Parnu-Viljandi_kinnistusamet, lk 110
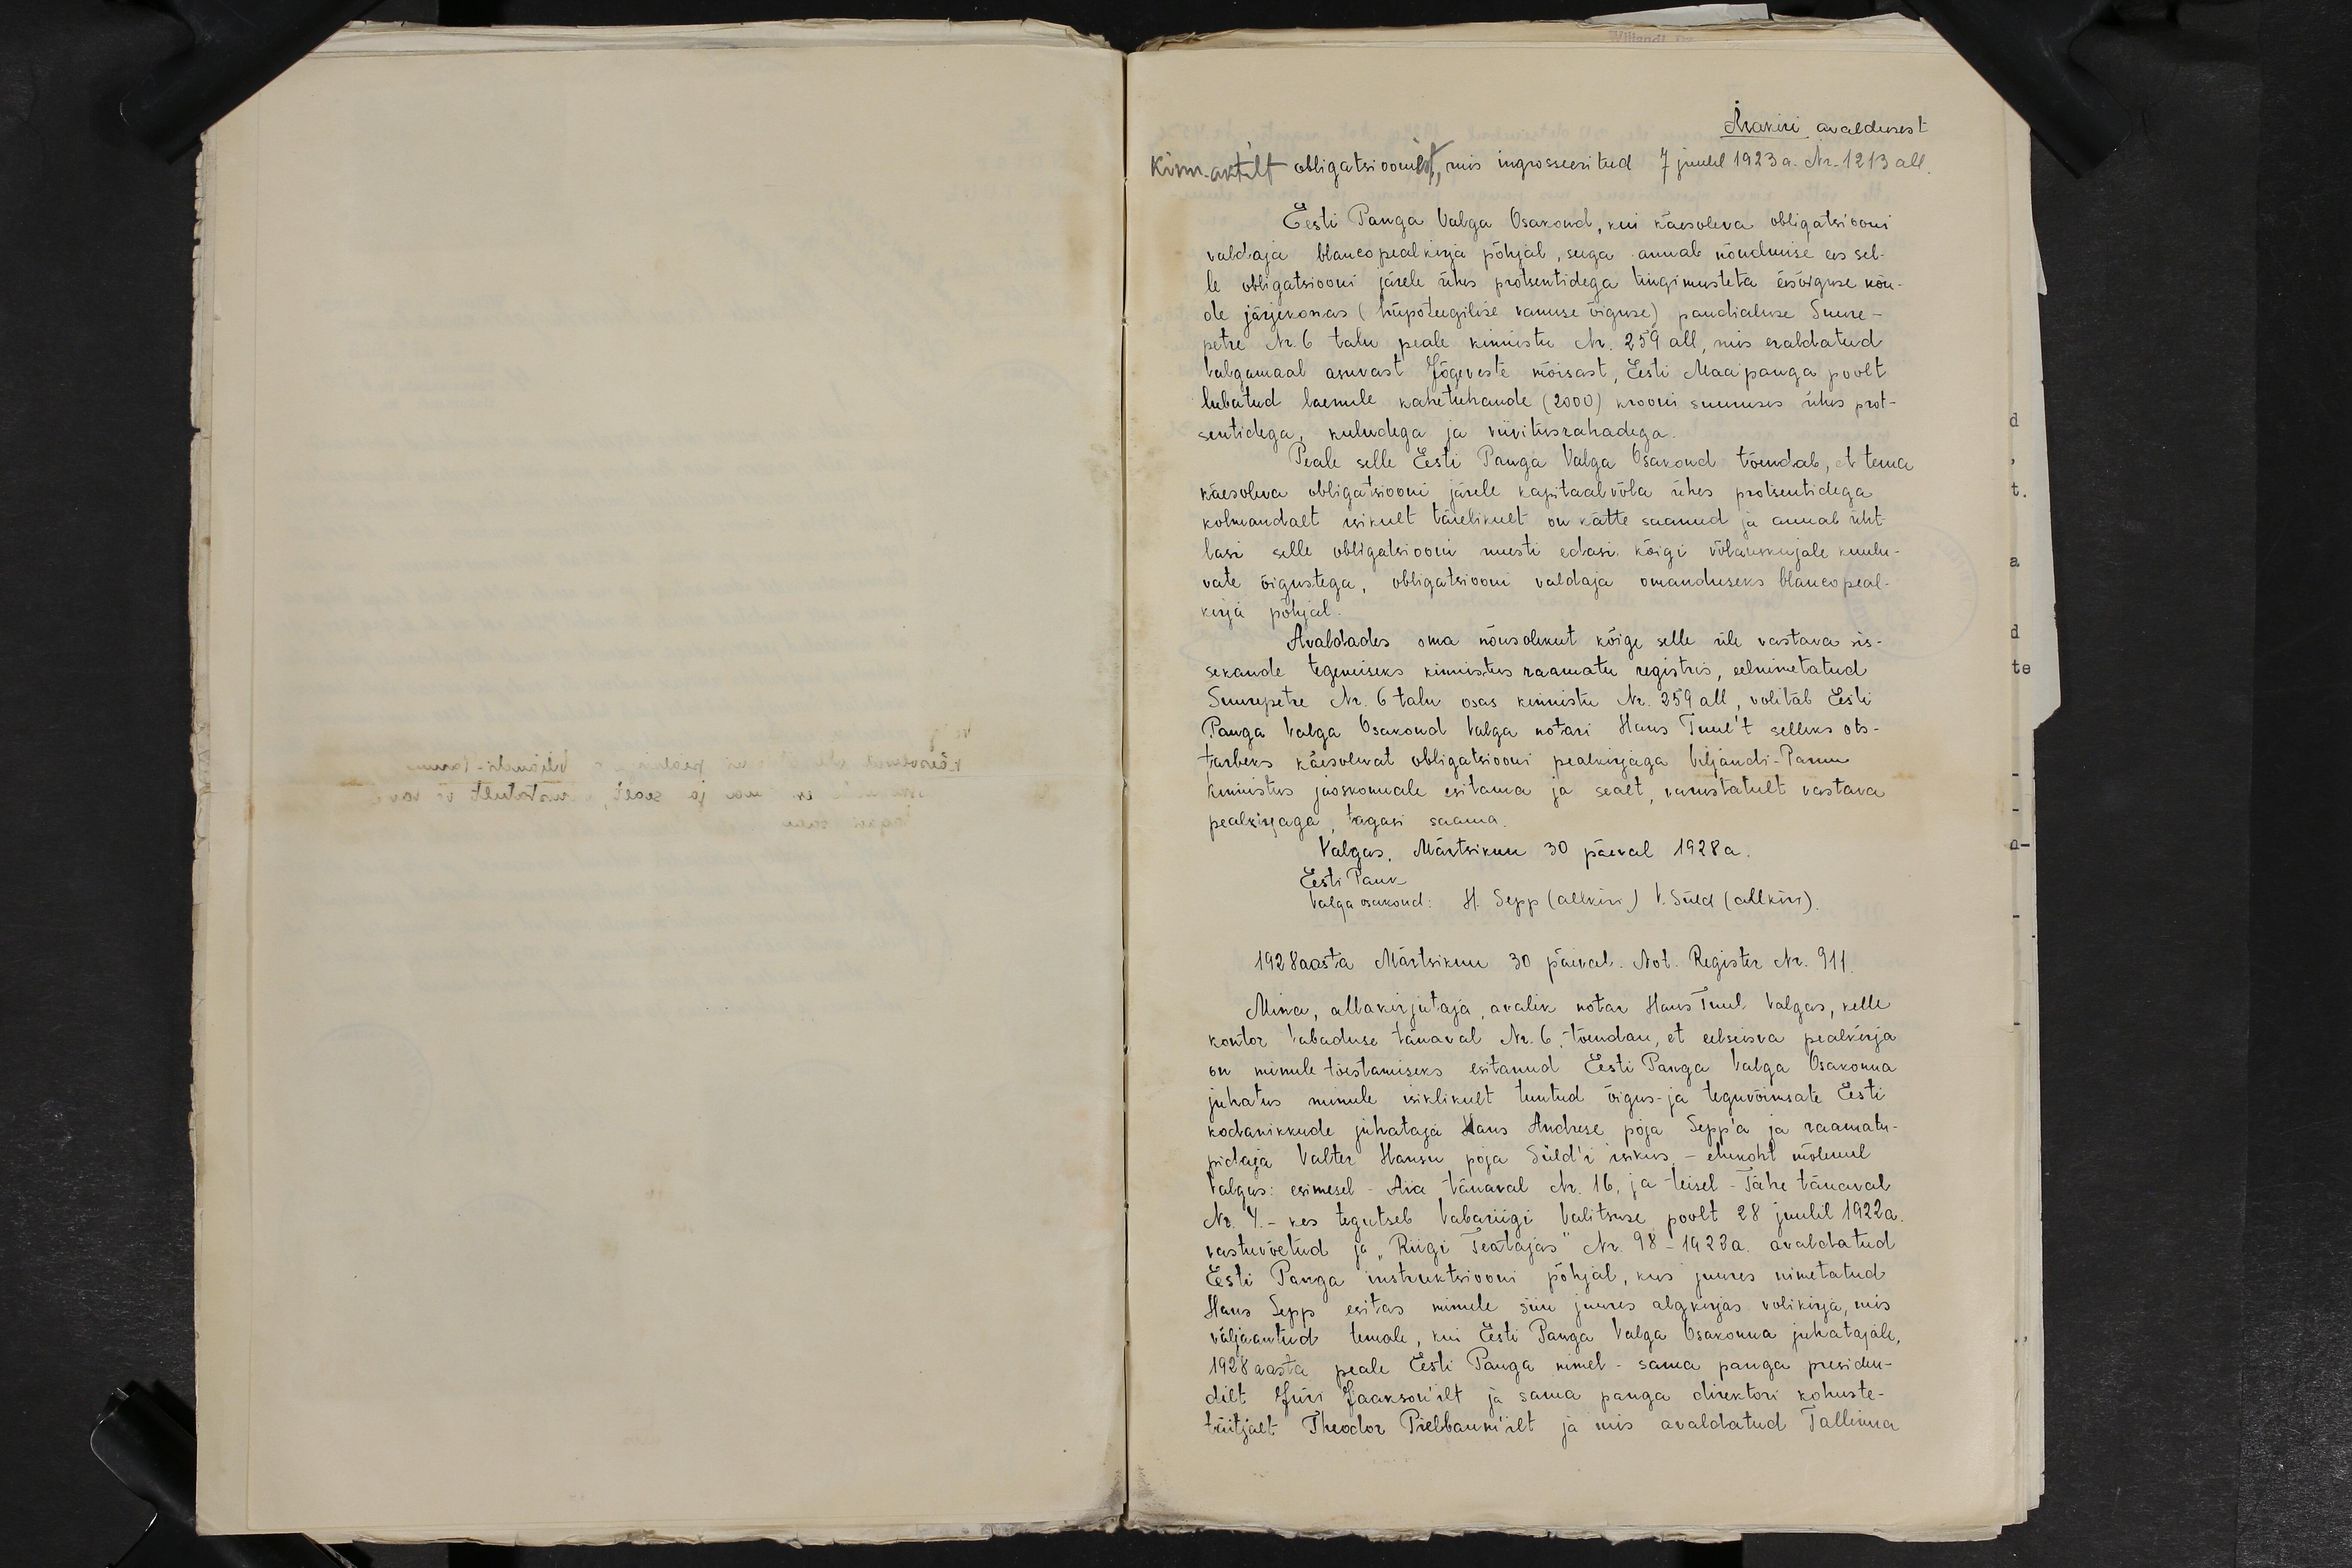
Ärakiri avaldusest
Kinn. aktilt obligatsioonist, mis ingrosseeritud 7 juulil 1923 a. Nr. 1213 all.
Eesti Panga Valga Osakond, kui käesoleva obligatsiooni
valdaja blanco pealkirja põhjal, seega annab nõudmise ees sel-
le obligatsiooni järele ühes protsentidega tingimusteta eesõiguse nõu-
de järjekorras (hüpoteegilise vanuse õiguse) pandialuse Suure-
petre Nr. 6 talu peale kinnistu Nr. 259 all, mis eraldatud
Valgamaal asuvast Jõgeveste mõisast, Eesti Maapanga poolt
lubatud laenule kahetuhande (2000) krooni suuruses ühes prot-
sentidega, kuludega ja viivitusrahadega.
Peale selle Eesti Panga Valga Osakond tõendab, et tema
käesoleva obligatsiooni järele kapitaalvõla ühes protsentidega
kolmandalt isikult täielikult on kätte saanud ja annab üht-
lasi selle obligatsiooni uuesti edasi kõigi võlauskujale kuulu-
vate õigustega, obligatsiooni valdaja omanduseks blanco peal-
kirja põhjal.
Avaldades oma nõusolekut kõige selle üle vastava sis-
sekande tegemiseks kinnistus raamatu registris, eelnimetatud
Suurepetre Nr. 6 talu osas kinnistu Nr. 259 all, volitab Eesti
Panga Valga Osakond Valga notari Hans Tuul't selleks ots-
tarbeks käesolevat obligatsiooni pealkirjaga Viljandi-Parnu
kinnistus jaoskonnale esitama ja sealt, varustatult vastava
pealkirjaga, tagasi saama.
Valgas. Märtsikuu 30 päeval 1928a.
Eesti Pank
Valga osakond: H. Sepp (allkiri) V. Süld (allkiri).
1928 aasta Märtsikuu 30 päeval. Not. Register Nr. 911.
Mina, allakirjutaja, avalik notar Hans Tuul Valgas, kelle
kontor Vabaduse tänaval Nr. 6, tõendan, et eelseisva pealkirja
on minule tõestamiseks esitanud Eesti Panga Valga Osakonna
juhatus minule isiklikult tuntud õigus- ja teguvõimsate Eesti
kodanikkude juhataja Hans Andrese poja Sepp'a ja raamatu-
pidaja Valter Hansu poja Süld'i isikus, - elukoht mõlemil
Valgas: esimesel - Aia tänaval Nr. 16, ja teisel - Tähe tänaval
Nr. 4. - kes tegutseb Vabariigi Valitsuse poolt 28 juulil 1922a.
vastuvõetud ja "Riigi Teatajas" Nr. 98-1923a. avaldatud
Eesti Panga instruktsiooni põhjal, kus juures nimetatud
Hans Sepp esitas minule siin juures algkirjas volikirja, mis
väljaantud temale, kui Eesti Panga Valga Osakonna juhatajale,
1928 aasta peale Eesti Panga nimel - sama panga presiden-
dilt Jüri Jaakson´ilt ja sama panga direktori kohuste-
täitjalt Theodor Pielbaum´ilt ja mis avaldatud Tallinna